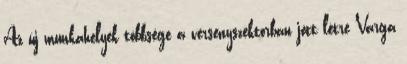
Az új munkahelyek többsége a versenyszektorban jött létre Varga